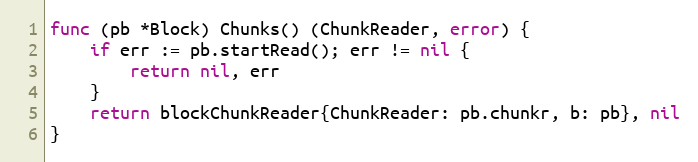
Language: Go
func (pb *Block) Chunks() (ChunkReader, error) {
	if err := pb.startRead(); err != nil {
		return nil, err
	}
	return blockChunkReader{ChunkReader: pb.chunkr, b: pb}, nil
}